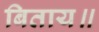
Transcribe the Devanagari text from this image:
बिताय॥